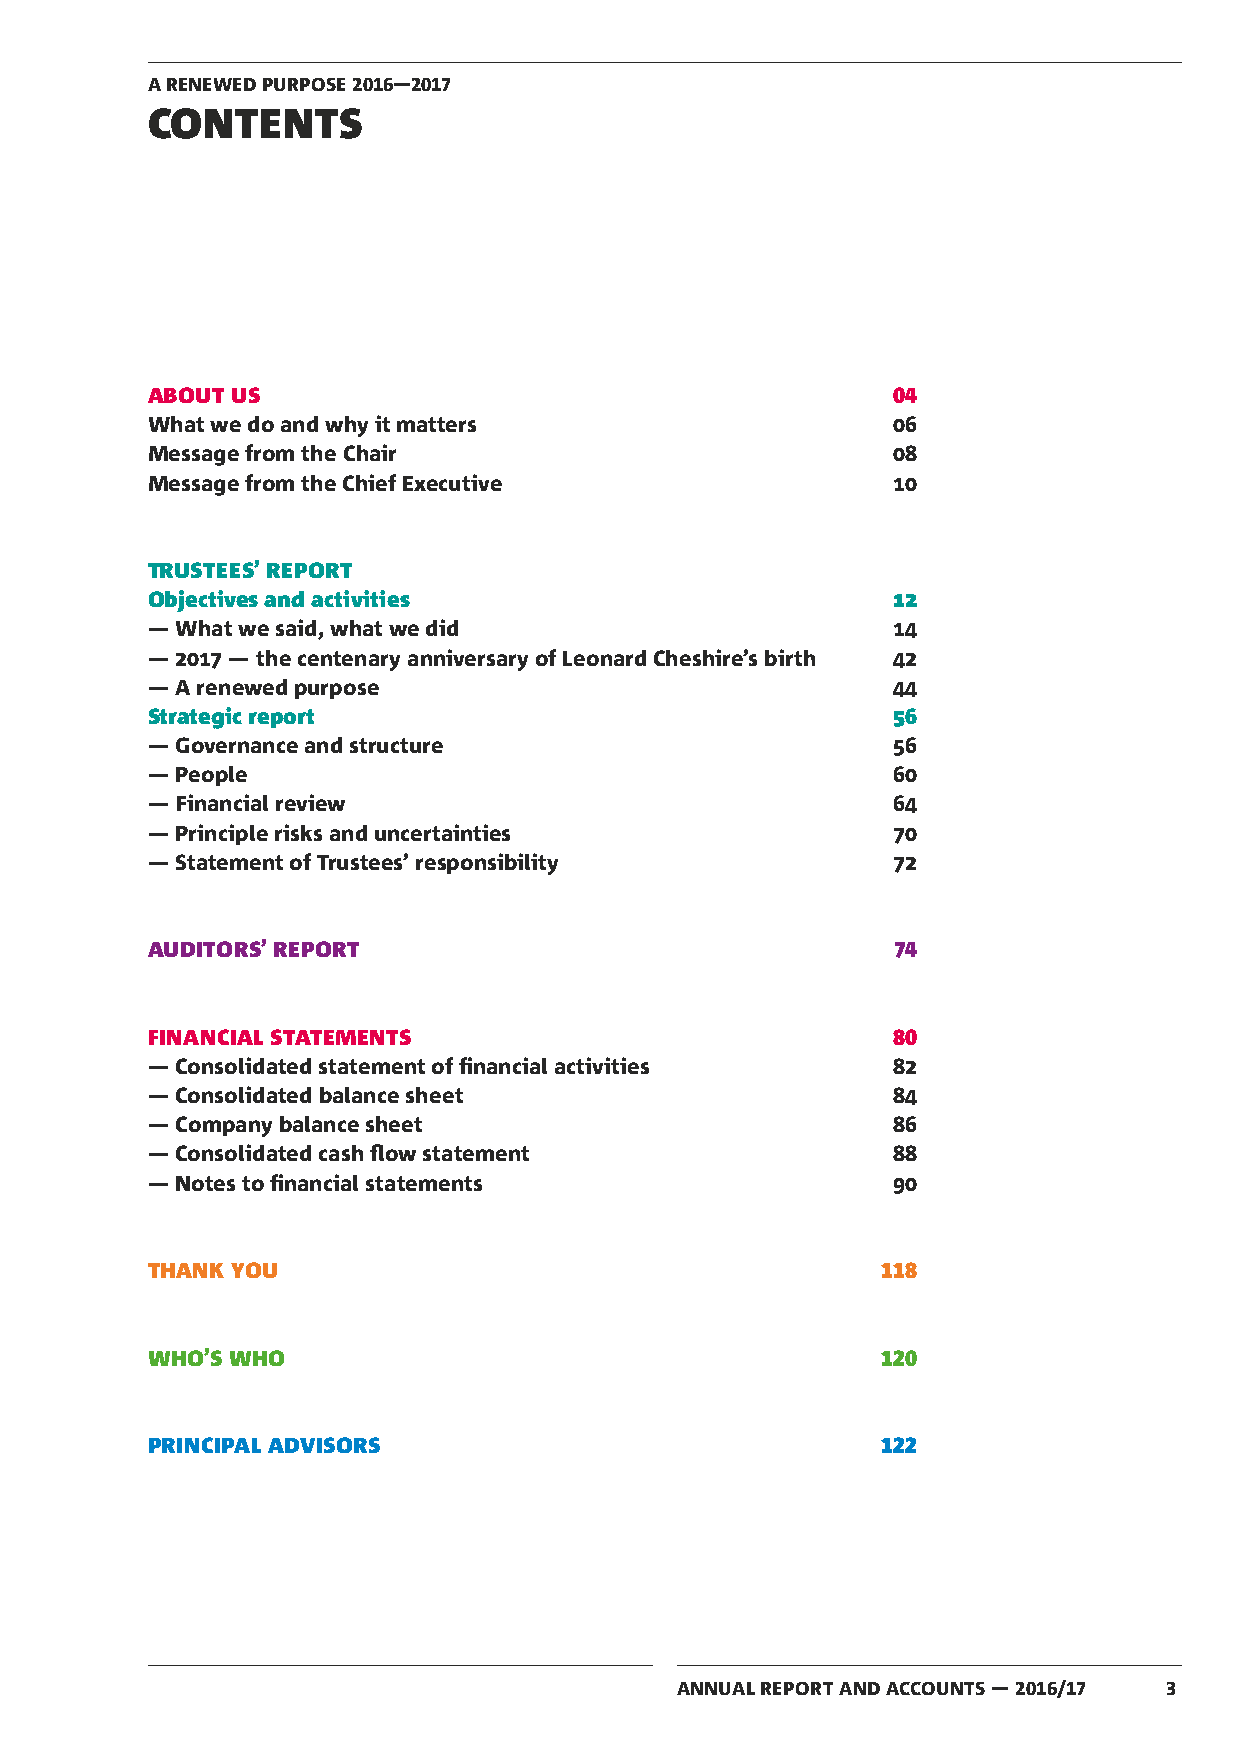
A RENEWED PURPOSE 2016—2017
 CONTENTS
 ABOUT US                                         04
 What we do and why it matters                    06
 Message from the Chair                           08
 Message from the Chief Executive                 10
 TRUSTEES’ REPORT
 Objectives and activities                        12
 — What we said, what we did                      14
 — 2017 — the centenary anniversary of Leonard Cheshire’s birth 42
 — A renewed purpose                              44
 Strategic report                                 56
 — Governance and structure                       56
 — People                                         60
 — Financial review                               64
 — Principle risks and uncertainties              70
 — Statement of Trustees’ responsibility          72
 AUDITORS’ REPORT                                 74
 FINANCIAL STATEMENTS                             80
 — Consolidated statement of financial activities 82
 — Consolidated balance sheet                     84
 — Company balance sheet                          86
 — Consolidated cash flow statement               88
 — Notes to financial statements                  90
 THANK YOU                                       118
 WHO’S WHO                                       120
 PRINCIPAL ADVISORS                              122
 ANNUAL REPORT AND ACCOUNTS — 2016/17 3